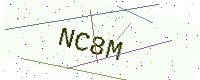
Text: NC8M